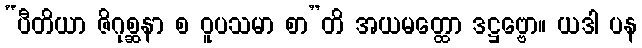
“ပီတိယာ ဇိဂုစ္ဆနာ စ ဝူပသမာ စာ”တိ အယမတ္ထော ဒဋ္ဌဗ္ဗော။ ယဒါ ပန